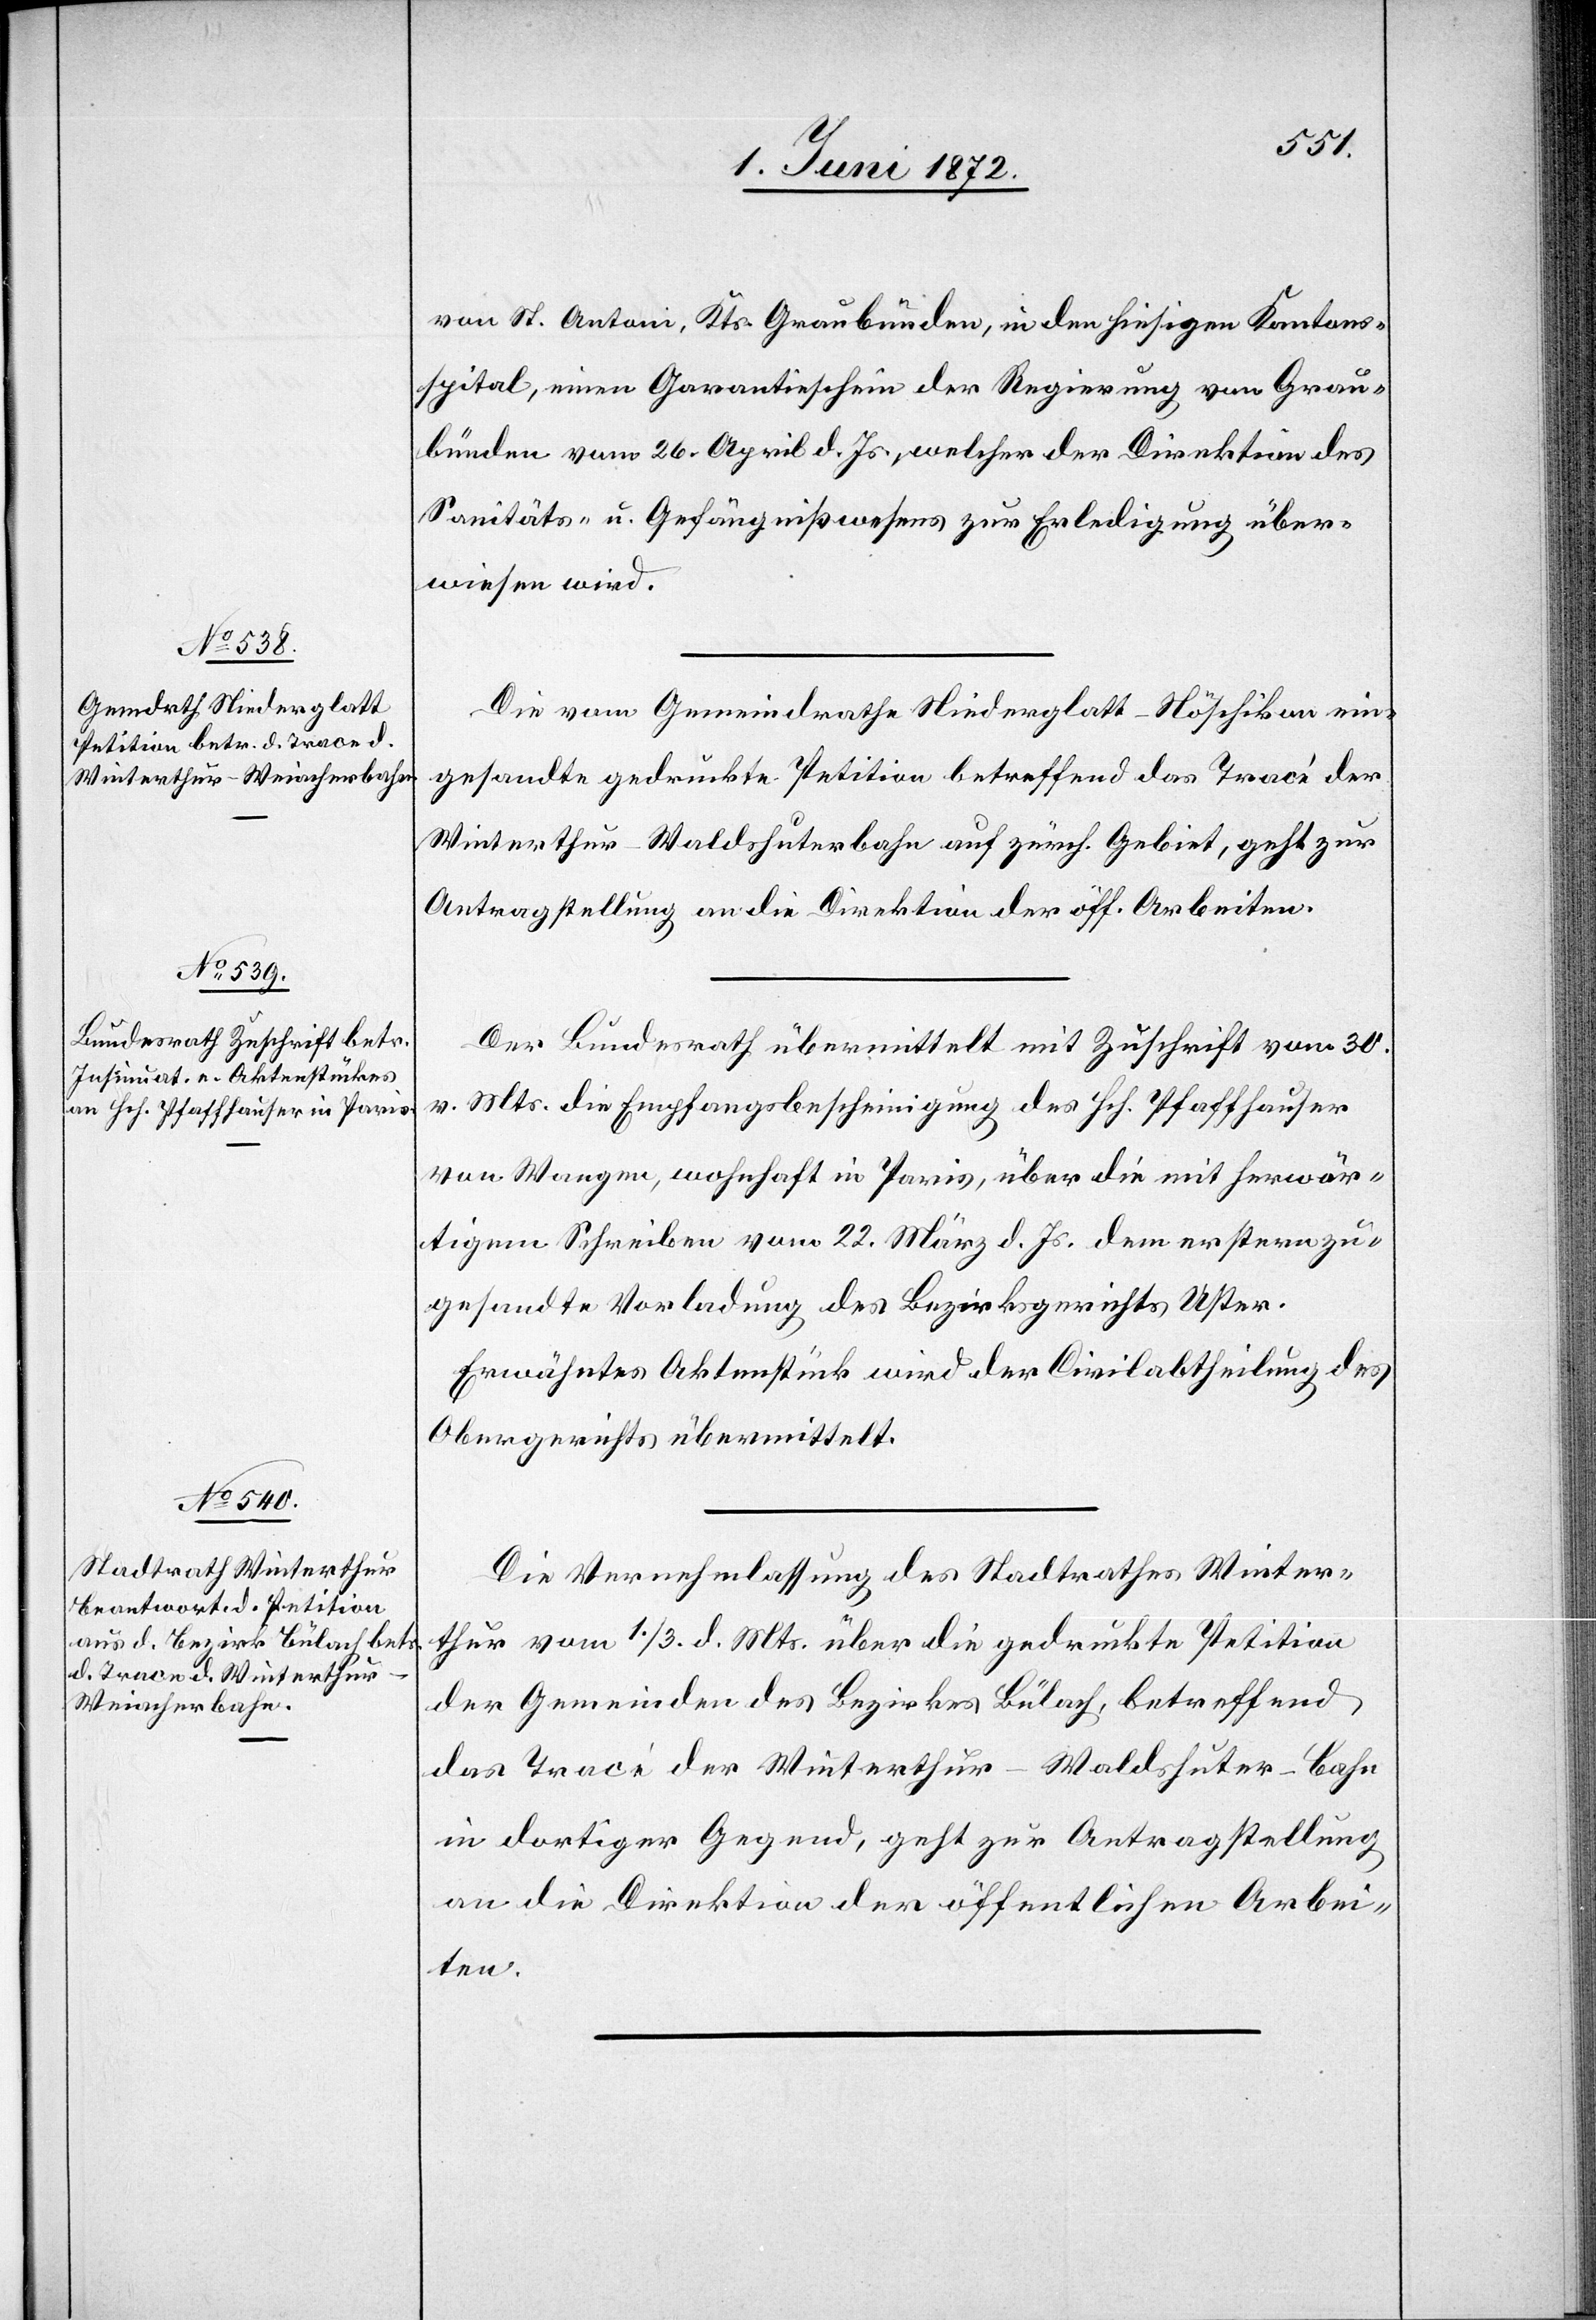
3. Juni 1872.]
von St. Antoni, Kts. Graubünden, in den hiesigen Kantons¬
spital, einen Garantieschein der Regierung von Grau¬
bünden vom 26. April d. Js., welcher der Direktion des
Sanitäts- u. Gefängnißwesens zur Erledigung über¬
wiesen wird.
Die vom Gemeindrathe Niederglatt–Nöschikon ein¬
gesandte gedruckte Petition betreffend das Tracé der
Winterthur–Waldshuterbahn auf zürch. Gebiet, geht zur
Antragstellung an die Direktion der öff. Arbeiten.
Der Bundesrath übermittelt mit Zuschrift vom 30.
v. Mts. die Empfangsbescheinigung des Hch. Pfaffhauser
von Wangen, wohnhaft in Paris, über die mit herwär¬
tigem Schreiben vom 22. März d. Js. dem erstern zu¬
gesandte Vorladung des Bezirksgerichtes Uster.
Erwähntes Aktenstück wird der Civilabtheilung des
Obergerichtes übermittelt.
Die Vernehmlassung des Stadtrathes Winter¬
thur vom 1./3. d. Mts. über die gedruckte Petition
der Gemeinden des Bezirkes Bülach, betreffend
das Tracé der Winterthur–Waldshuter-Bahn
in dortiger Gegend, geht zur Antragstellung
an die Direktion der öffentlichen Arbei¬
ten.